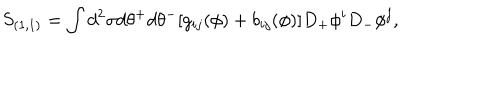
LaTeX: S _ { ( 1 , 1 ) } = \int d ^ { 2 } \sigma d \theta ^ { + } d \theta ^ { - } [ g _ { i j } ( \phi ) + b _ { i j } ( \phi ) ] D _ { + } \phi ^ { i } D _ { - } \phi ^ { j } ,